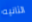
الثانيه